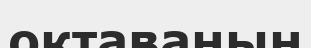
октаванын